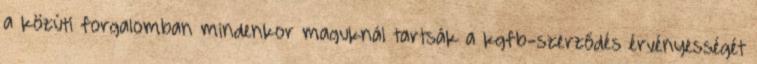
a közúti forgalomban mindenkor maguknál tartsák a kgfb-szerződés érvényességét